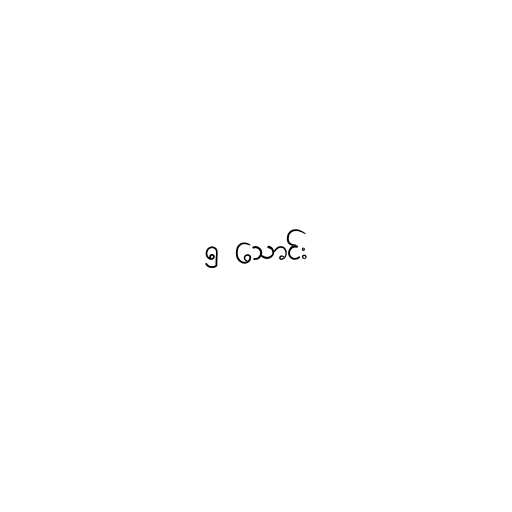
၅ သောင်း